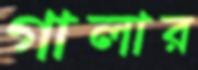
গালার